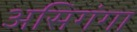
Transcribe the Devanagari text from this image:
असिगंगा